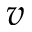
v